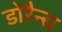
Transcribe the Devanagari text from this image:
डोरैन्स